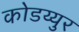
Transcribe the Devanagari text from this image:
कोडय्युर